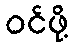
ဝင်ဖို့